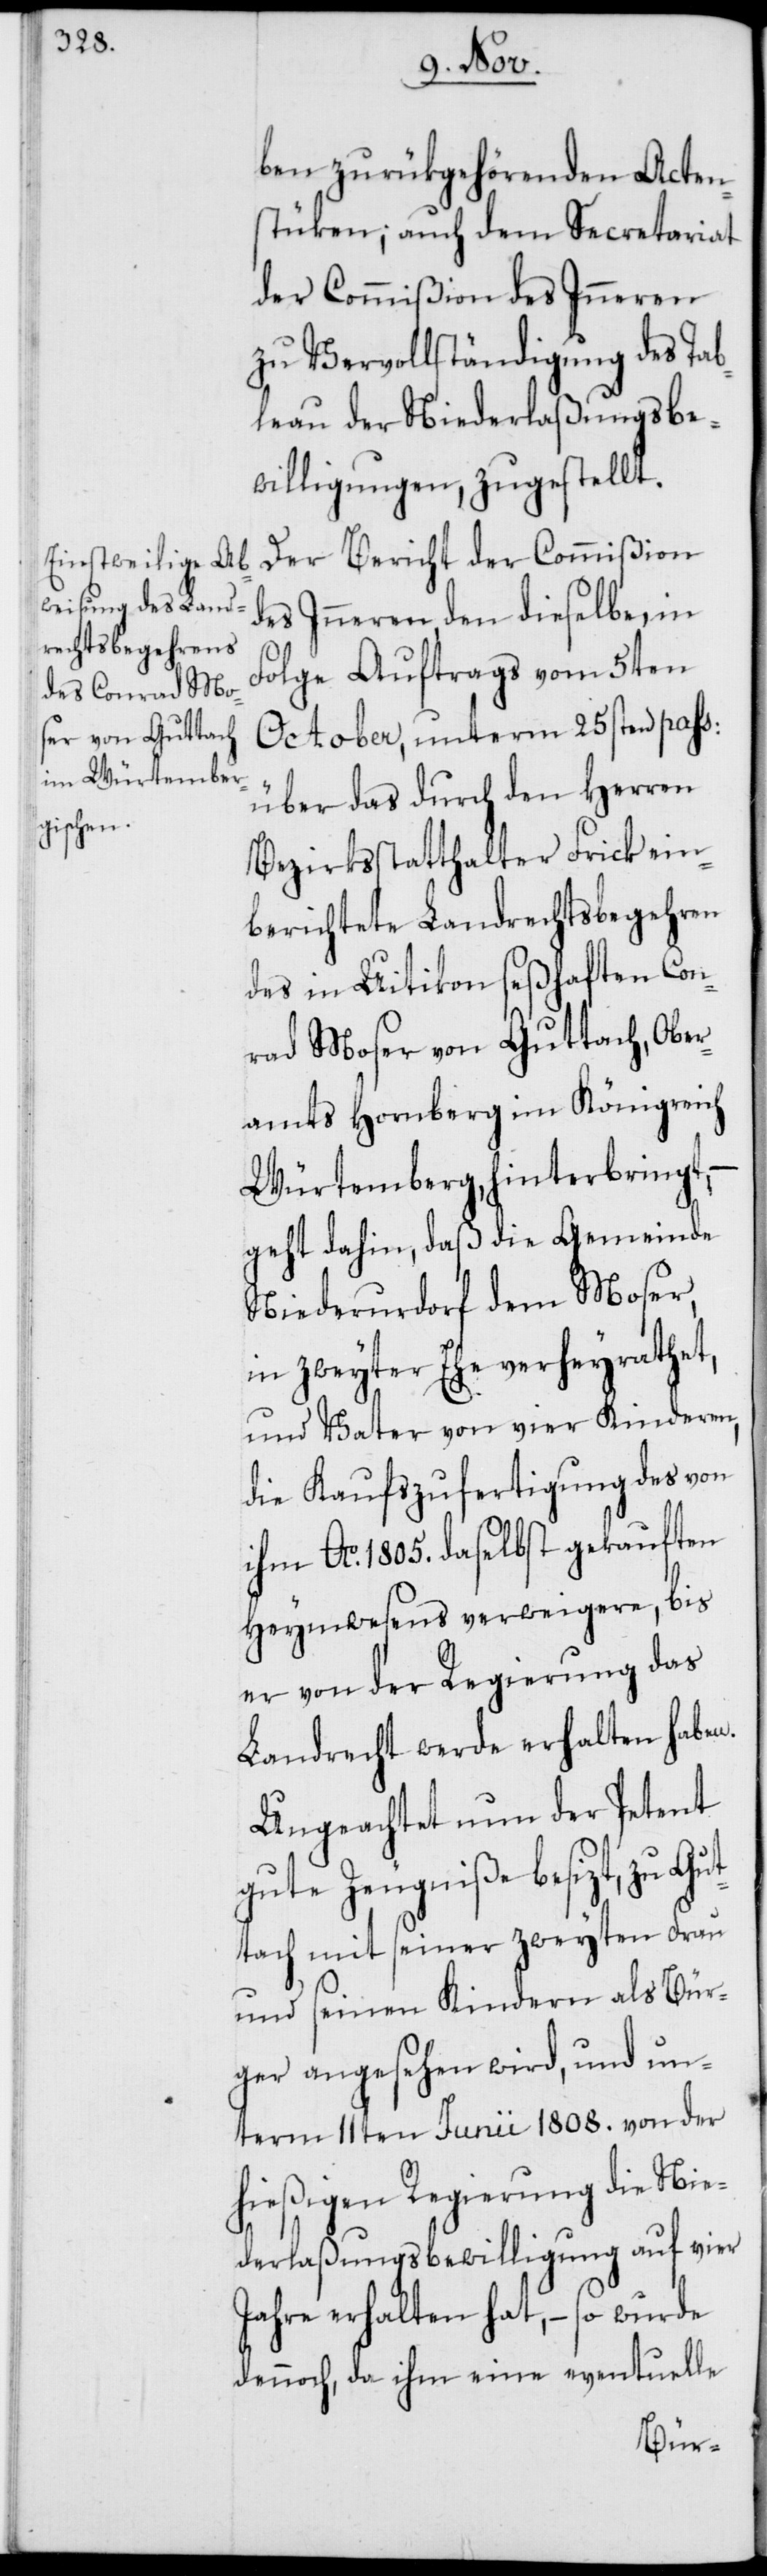
ben zurükgehörenden Acten¬
stüken, auch dem Secretariat
der Commißion des Inneren
zu Vervollständigung des Tab¬
leau der Niederlaßungsbe¬
willigungen, zugestellt.
Der Bericht der Commißion
des Inneren den dieselbe, in
Folge Auftrags vom 5ten
October, unterm 25sten paß.
über das durch den Herren
Bezirksstatthalter Frick ein¬
berichtete Landrechtsbegehren
des in Uitikon seßhaften Con¬
rad Moser von Guttach, Ober¬
amts Hornberg im Königreich
Würtemberg, hinterbringt,
geht dahin, daß die Gemeinde
Niederurdorf dem Moser,
in zweyter Ehe verheyrathet,
und Vater von vier Kinderen,
die Kaufszufertigung des von
ihm Ao. 1805. daselbst gekauften
Heymwesens verweigere, bis
er von der Regierung das
Landrecht werde erhalten haben.
Ungeachtet nun der Petent
gute Zeugniße besizt, zu Gu¬
ttach mit seiner zweyten Frau
und seinen Kinderen als Bür¬
ger angesehen wird, und un¬
term 11ten Junii 1808. von der
hießigen Regierung die Nie¬
derlaßungsbewilligung auf vier
Jahre erhalten hat, – so wurde
dennoch, da ihm eine eventuelle